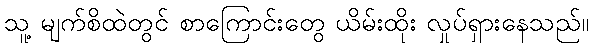
သူ့ မျက်စိထဲတွင် စာကြောင်းတွေ ယိမ်းထိုး လှုပ်ရှားနေသည်။